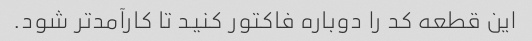
این قطعه کد را دوباره فاکتور کنید تا کارآمدتر شود.